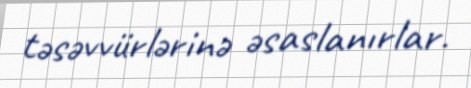
təsəvvürlərinə əsaslanırlar.